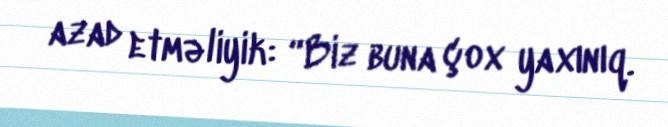
azad etməliyik: “Biz buna çox yaxınıq.